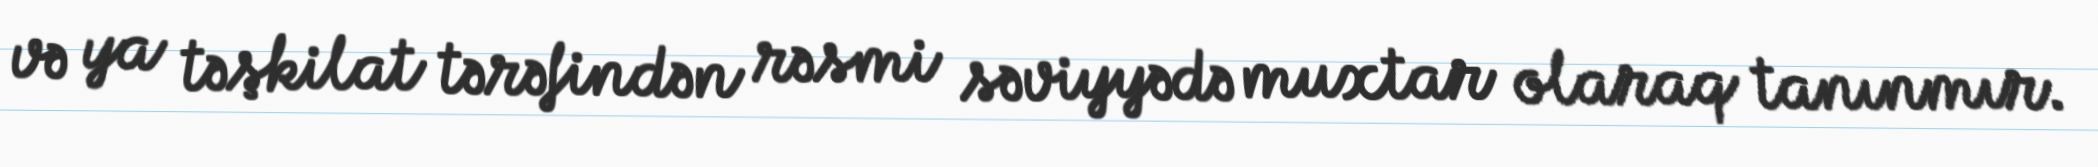
və ya təşkilat tərəfindən rəsmi səviyyədə muxtar olaraq tanınmır.